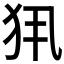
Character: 𤜾